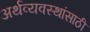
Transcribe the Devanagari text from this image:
अर्थव्यवस्थांसाठी